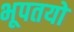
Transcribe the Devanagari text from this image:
भूपतयो